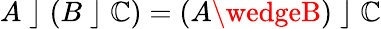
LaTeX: A\; \rfloor\; (B\; \rfloor\; \mathbb{C})=(A\wedgeB)\; \rfloor\; \mathbb{C}